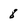
Character: 8